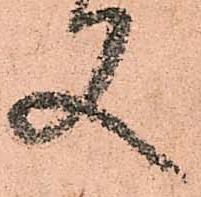
又